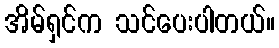
အိမ်ရှင်က သင်ပေးပါတယ်။